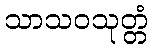
သာသဝသုတ္တံ